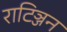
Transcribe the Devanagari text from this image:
राटिञ्जन